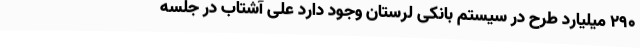
290 میلیارد طرح در سیستم بانکی لرستان وجود دارد علی آشتاب در جلسه